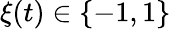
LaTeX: \xi(t)\in\{ -1,1\}